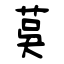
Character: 茣